Annual report on the Civil Veterinary Department, Burma (including the Insein Veterinary School) - 1910-1922
Year: 1910
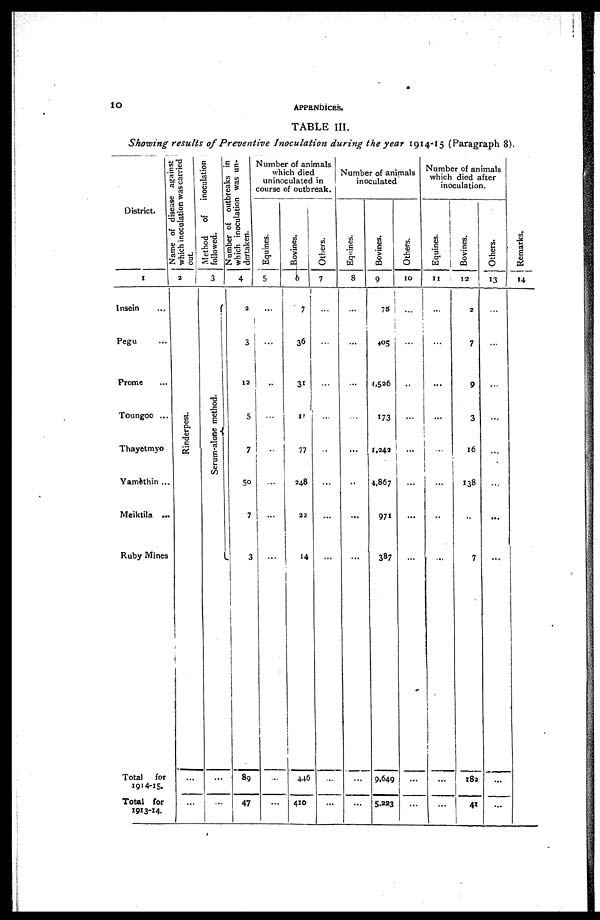
10
TABLE III.
Showing results of Preventive Inoculation during the year 1914-15 (Paragraph 8).
District.
1
Insein ...
Pegu ...
Prome ...
Toungoo ...
Thayetmyo
Yamèthin ...
Meiktila ...
Ruby Mines
Total
for
1914-15.
Total for
1913-14.
Name of disease against
which inoculation was carried
out.
2
Rinderpest.
...
...
Method
of
inoculation
followed.
3
Serum-alone method.
...
...
Number of outbreaks in
which inoculation was un-
dertaken.
4
2
3
12
5
7
50
7
3
89
47
Number of animals
which died
uninoculated in
course of outbreak.
Equines.
5
...
......
..
...
.....
...
...
...
...
Bovines.
6
7
36
31
17
77
248
22
14
446
410
Others.
7
...
...
...
...
...
...
...
...
...
...
Number of animals
inoculated
Equines.
8
...
...
...
...
...
..
...
...
...
...
Bovines.
9
78
405
6,526
173
1,242
4,867
971
387
9,649
5,223
Others.
10
...
...
...
...
...
...
...
...
...
...
Number of animals
which died after
inoculation.
Equines.
11
...
...
...
...
...
...
...
...
...
...
Bovines.
12
2
7
9
3
16
138
...
7
182
41
Others.
13
...
...
...
...
...
...
...
...
...
Remarks.
14